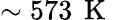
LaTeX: \sim 573\, \mathrm{~K~}